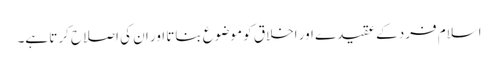
اسلام فرد کے عقیدے اور اخلاق کو موضوع بناتا اور ان کی اصلاح کرتا ہے۔